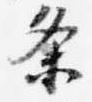
条